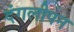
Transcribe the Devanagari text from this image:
दंगलीपन